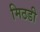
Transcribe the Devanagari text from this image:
मिठडी